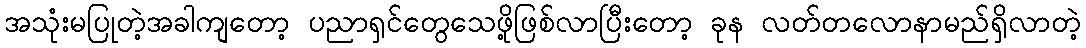
အသုံးမပြုတဲ့အခါကျတော့ ပညာရှင်တွေသေဖို့ဖြစ်လာပြီးတော့ ခုန လတ်တလောနာမည်ရှိလာတဲ့